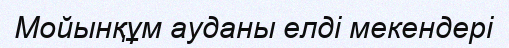
Мойынқұм ауданы елді мекендері